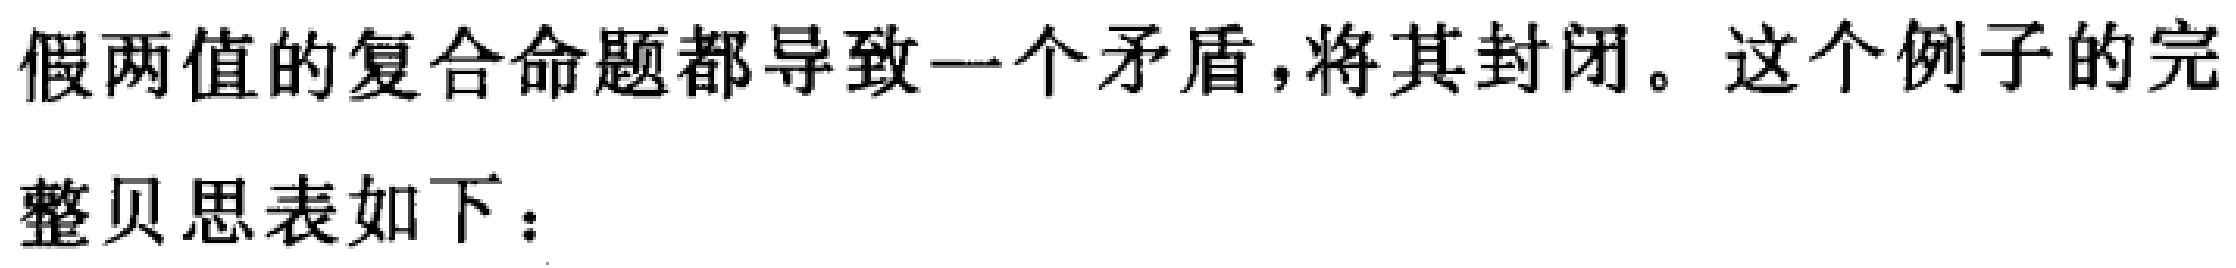
假两值的复合命题都导致一个矛盾,将其封闭。这个例子的完
整贝思表如下：